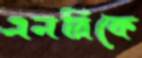
এনরিকে